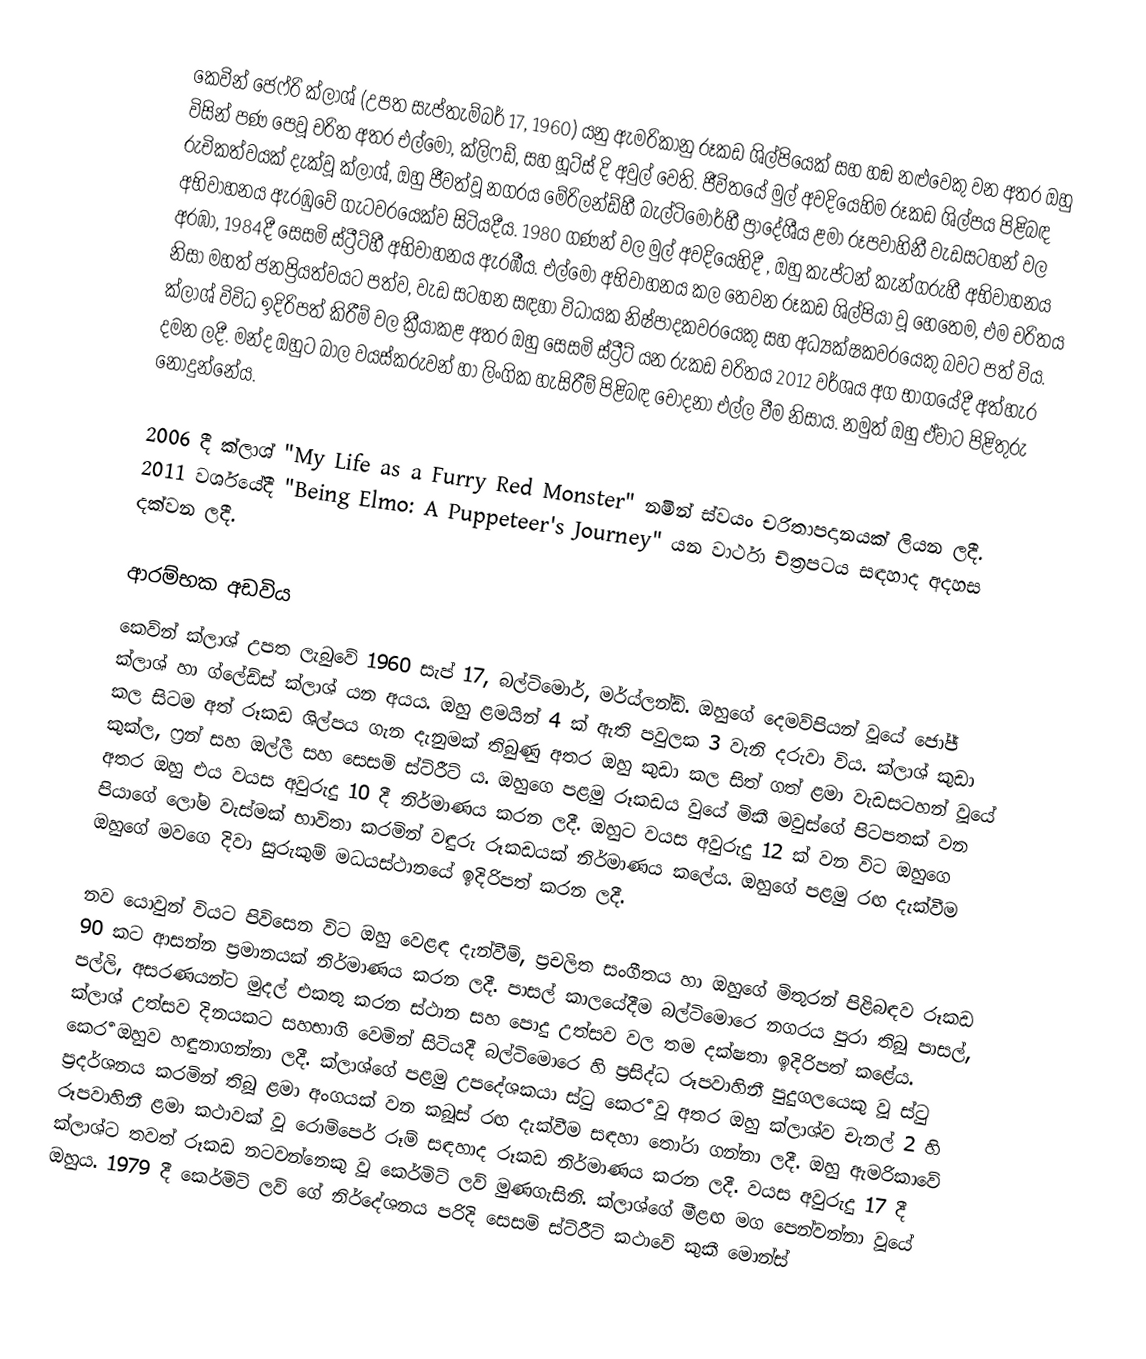
කෙවින් ජෙෆ්රි ක්ලාශ් (උපත සැප්තැම්බර් 17, 1960) යනු ඇමරිකානු රූකඩ ශිල්පියෙක් සහ හඞ නළුවෙකු වන අතර ඔහු විසින් පණ පෙවූ චරිත අතර  එල්මෝ, ක්ලිෆඩ්, සහ හූට්ස් දි අවුල් වෙති. ජීවිතයේ මුල් අවදියෙහිම රූකඩ ශිල්පය පිළිබඳ රුචිකත්වයක් දැක්වූ ක්ලාශ්, ඔහු ජීවත්වූ නගරය මේරිලන්ඩ්හී  බැල්ටිමෝර්හී ප්‍රාදේශීය ළමා රූපවාහිනී වැඩසටහන් වල අභිවාහනය ඇරඹුවේ ගැටවරයෙක්ව සිටියදීය.  1980 ගණන් වල මුල් අවදියෙහිදී , ඔහු  කැප්ටන් කැන්ගරුහී අභිවාහනය අරඹා, 1984දී සෙසමි ස්ට්‍රීට්හී අභිවාහනය ඇරඹීය. එල්මෝ අභිවාහනය කල තෙවන රූකඩ ශිල්පියා වූ හෙතෙම, එම චරිතය නිසා මහත් ජනප්‍රියත්වයට පත්ව, වැඩ සටහන සඳහා විධායක නිෂ්පාදකවරයෙකු සහ අධ්‍යක්ෂකවරයෙකු බවට පත් විය.  ක්ලාශ් විවිධ ඉදිරිපත් කිරීම් වල ක්‍රීයාකළ අතර ඔහු සෙසමි ස්ට්‍රීට් යන රුකඩ චරිතය 2012 වර්ශය අග භාගයේදී අත්හැර දමන ලදී. මන්ද ඔහුට බාල වයස්කරුවන් හා ලිංගික හැසිරීම් පිළිබඳ චෝදනා එල්ල වීම නිසාය. නමුත්  ඔහු ඒවාට පිළිතුරු නොදුන්නේය.

2006 දී ක්ලාශ් "My Life as a Furry Red Monster" නමින් ස්වයං චරිතාපදානයක් ලියන ලදී. 2011 වර්ශයේදී "Being Elmo: A Puppeteer's Journey" යන වාර්ථා ච්ත්‍රපටය සඳහාද අදහස දක්වන ලදී.

ආරම්භක අඩවිය
කෙව්න් ක්ලාශ් උපත ලැබුවේ 1960 සැප් 17, බල්ටිමොර්, මර්ය්ලන්ඩ්. ඔහුගේ දෙමව්පියන් වූයේ ජෝජ් ක්ලාශ් හා ග්ලේඩ්ස් ක්ලාශ් යන අයය. ඔහු ළමයින් 4 ක් ඇති පවුලක 3 වැනි දරුවා විය. ක්ලාශ් කුඩා කල සිටම අත් රූකඩ ශිල්පය ගැන දැනුමක් තිබුණු අතර ඔහු කුඩා කල සිත් ගත් ළමා වැඩසටහන් වූයේ කුක්ල, ෆ්‍රන් සහ ඔල්ලී සහ සෙසමි ස්ට්රීට් ය. ඔහුගෙ පළමු රූකඩය වුයේ මිකී මවුස්ගේ පිටපතක් වන අතර ඔහු එය වයස අවුරුදු 10 දී නිර්මාණය කරන ලදී. ඔහුට වයස අවුරුදු 12 ක් වන විට ඔහුගෙ පියාගේ ලෝම වැස්මක් භාවිතා කරමින් වඳුරු රූකඩයක් නිර්මාණය කලේය. ඔහුගේ පළමු රඟ දැක්වීම ඔහුගේ මවගෙ දිවා සුරුකුම් මධයස්ථානයේ ඉදිරිපත් කරන ලදී.

නව යොවුන් වියට පිවිසෙන විට ඔහු වෙළඳ දැන්වීම්, ප්‍රචලිත සංගීතය හා ඔහුගේ මිතුරන් පිළිබඳව රූකඩ 90 කට ආසන්න ප්‍රමානයක් නිර්මාණය කරන ලදී. පාසල් කාලයේදීම බල්ටිමොරෙ නගරය පුරා තිබූ පාසල්, පල්ලි, අසරණයන්ට මුදල් එකතු කරන ස්ථාන සහ පොදු උත්සව වල තම දක්ෂතා ඉදිරිපත් කළේය. ක්ලාශ් උත්සව දිනයකට සහභාගි වෙමින් සිටියදී බල්ටිමොරෙ හි ප්‍රසිද්ධ රූපවාහිනී පුදුගලයෙකු වූ ස්ටු කෙර්‍ර ඔහුව හඳුනාගන්නා ලදී. ක්ලාශ්ගේ පළමු උපදේශකයා ස්ටු කෙර්‍ර වූ අතර ඔහු ක්ලාශ්ව චැනල් 2 හි ප්‍රදර්ශනය කරමින් තිබූ ළමා අංගයක් වන කබූස් රඟ දැක්වීම සඳහා තෝරා ගන්නා ලදී. ඔහු ඇමරිකාවේ රූපවාහිනී ළමා කථාවක් වූ රොම්පෙර් රූම් සඳහාද රූකඩ නිර්මාණය කරන ලදී. වයස අවුරුදු 17 දී ක්ලාශ්ට තවත් රූකඩ නටවන්නෙකු වූ කෙර්මිට් ලව් මුණගැසිනි. ක්ලාශ්ගේ මීළඟ මග පෙන්වන්නා වූයේ ඔහුය. 1979 දී  කෙර්මිට් ලව් ගේ නිර්දේශනය පරිදි සෙසමි ස්ට්රීට් කථාවේ කුකී මොන්ස්